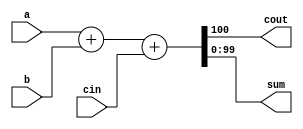
module top_module( 
    input [99:0] a, b,
    input cin,
    output cout,
    output [99:0] sum );
    assign {cout,sum}= a+b+cin;
    //Verilog addition automatically produces the carry-out bit
    // assign sum ={a+b}  assign sum=(a+b)carry-out

endmodule